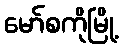
မော်စကိုမြို့